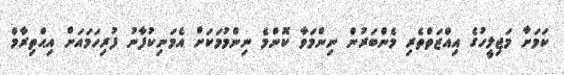
ކަމަށާ މަޖިލީހުގެ އިއްޒަތްތެރި މެންބަރުން ނިންމަވާ ކޮންމެ ނިންމުމަކަށް އެމަނިކުފާނު ފުރިހަމައަށް އިޙްތިރާމް